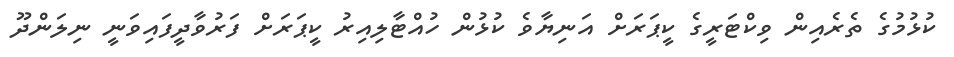
ކުޅުމުގެ ތެރެއިން ވިކްޓަރީގެ ކީޕަރަށް އަނިޔާވެ ކުޅުން ހުއްޓާލިއިރު ކީޕަރަށް ފަރުވާދީފައިވަނީ ނިލަންދޫ